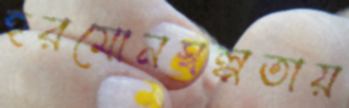
হরমোনস্বল্পতায়